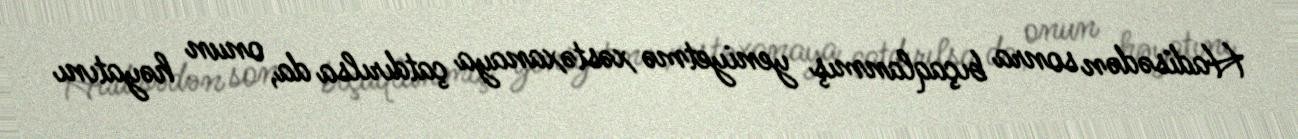
Hadisədən sonra bıçaqlanmış yeniyetmə xəstəxanaya çatdırılsa da, onun həyatını